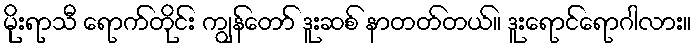
မိုးရာသီ ရောက်တိုင်း ကျွန်တော် ဒူးဆစ် နာတတ်တယ်။ ဒူးရောင်ရောဂါလား။